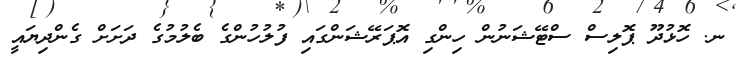
ނ. ހޮޅުދޫ ޕޮލިސް ސްޓޭޝަނުން ހިންގި އޮޕަރޭޝަންގައި ފުލުހުންގެ ބެލުމުގެ ދަށަށް ގެންދިޔައީ